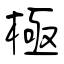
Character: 極